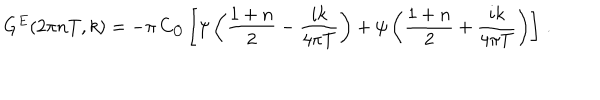
G ^ { E } ( 2 \pi n T , k ) = - \pi \, C _ { \cal { O } } \left[ \psi \left( { \frac { 1 + n } { 2 } } - { \frac { i k } { 4 \pi T } } \right) + \psi \left( { \frac { 1 + n } { 2 } } + { \frac { i k } { 4 \pi T } } \right) \right] \, .